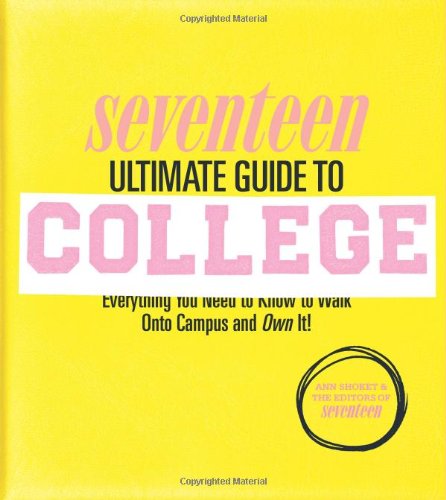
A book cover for Seventeen Ultimate Guide to College: Everything You Need to Know to Walk Onto Campus and Own It!; Ann Shoket; Teen & Young Adult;